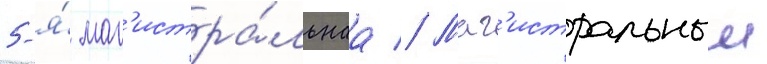
5-я́ маг'истра́льнаа // Маг'истральныи